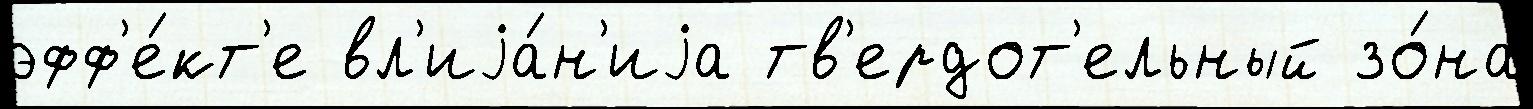
эфф'е́кт'е вл'иjа́н'иjа тв'ердот'ельный зо́на